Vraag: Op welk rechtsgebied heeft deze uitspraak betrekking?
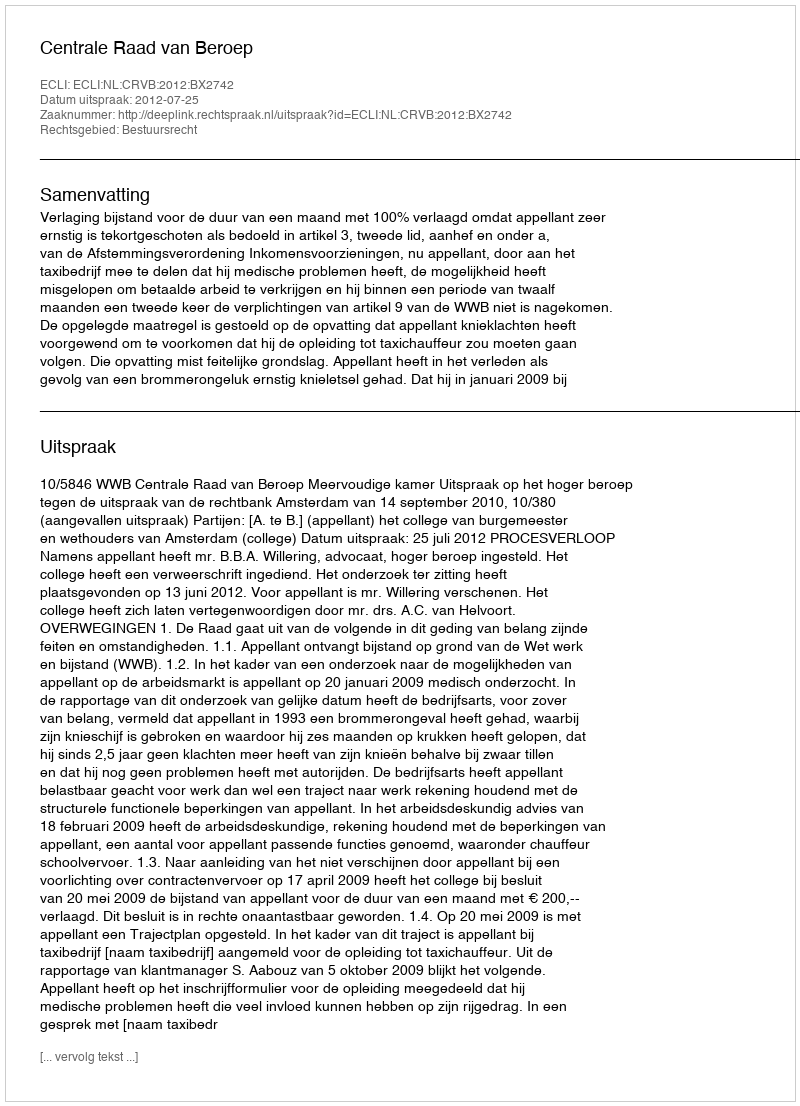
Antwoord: Bestuursrecht